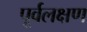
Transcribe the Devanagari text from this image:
पूर्वलक्षण